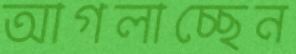
আগলাচ্ছেন